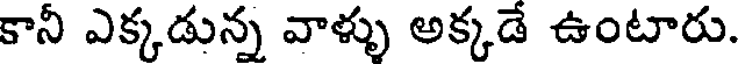
కానీ ఎక్కడున్న వాళ్ళు అక్కడే ఉంటారు.